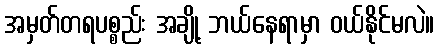
အမှတ်တရပစ္စည်း အချို့ ဘယ်နေရာမှာ ဝယ်နိုင်မလဲ။